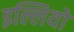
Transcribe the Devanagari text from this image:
इल्लियो